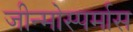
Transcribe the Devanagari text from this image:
जीन्मोस्पर्मास